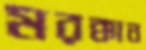
মরক্কান